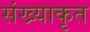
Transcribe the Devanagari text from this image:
संख्याकृत